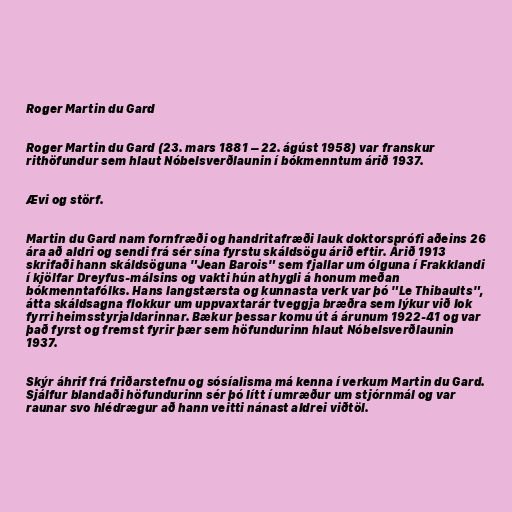
Roger Martin du Gard

Roger Martin du Gard (23. mars 1881 – 22. ágúst 1958) var franskur
rithöfundur sem hlaut Nóbelsverðlaunin í bókmenntum árið 1937.

Ævi og störf.

Martin du Gard nam fornfræði og handritafræði lauk doktorsprófi aðeins 26
ára að aldri og sendi frá sér sína fyrstu skáldsögu árið eftir. Árið 1913
skrifaði hann skáldsöguna "Jean Barois" sem fjallar um ólguna í Frakklandi
í kjölfar Dreyfus-málsins og vakti hún athygli á honum meðan
bókmenntafólks. Hans langstærsta og kunnasta verk var þó "Le Thibaults",
átta skáldsagna flokkur um uppvaxtarár tveggja bræðra sem lýkur við lok
fyrri heimsstyrjaldarinnar. Bækur þessar komu út á árunum 1922-41 og var
það fyrst og fremst fyrir þær sem höfundurinn hlaut Nóbelsverðlaunin
1937.

Skýr áhrif frá friðarstefnu og sósíalisma má kenna í verkum Martin du Gard.
Sjálfur blandaði höfundurinn sér þó lítt í umræður um stjórnmál og var
raunar svo hlédrægur að hann veitti nánast aldrei viðtöl.